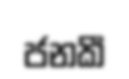
ජනකී